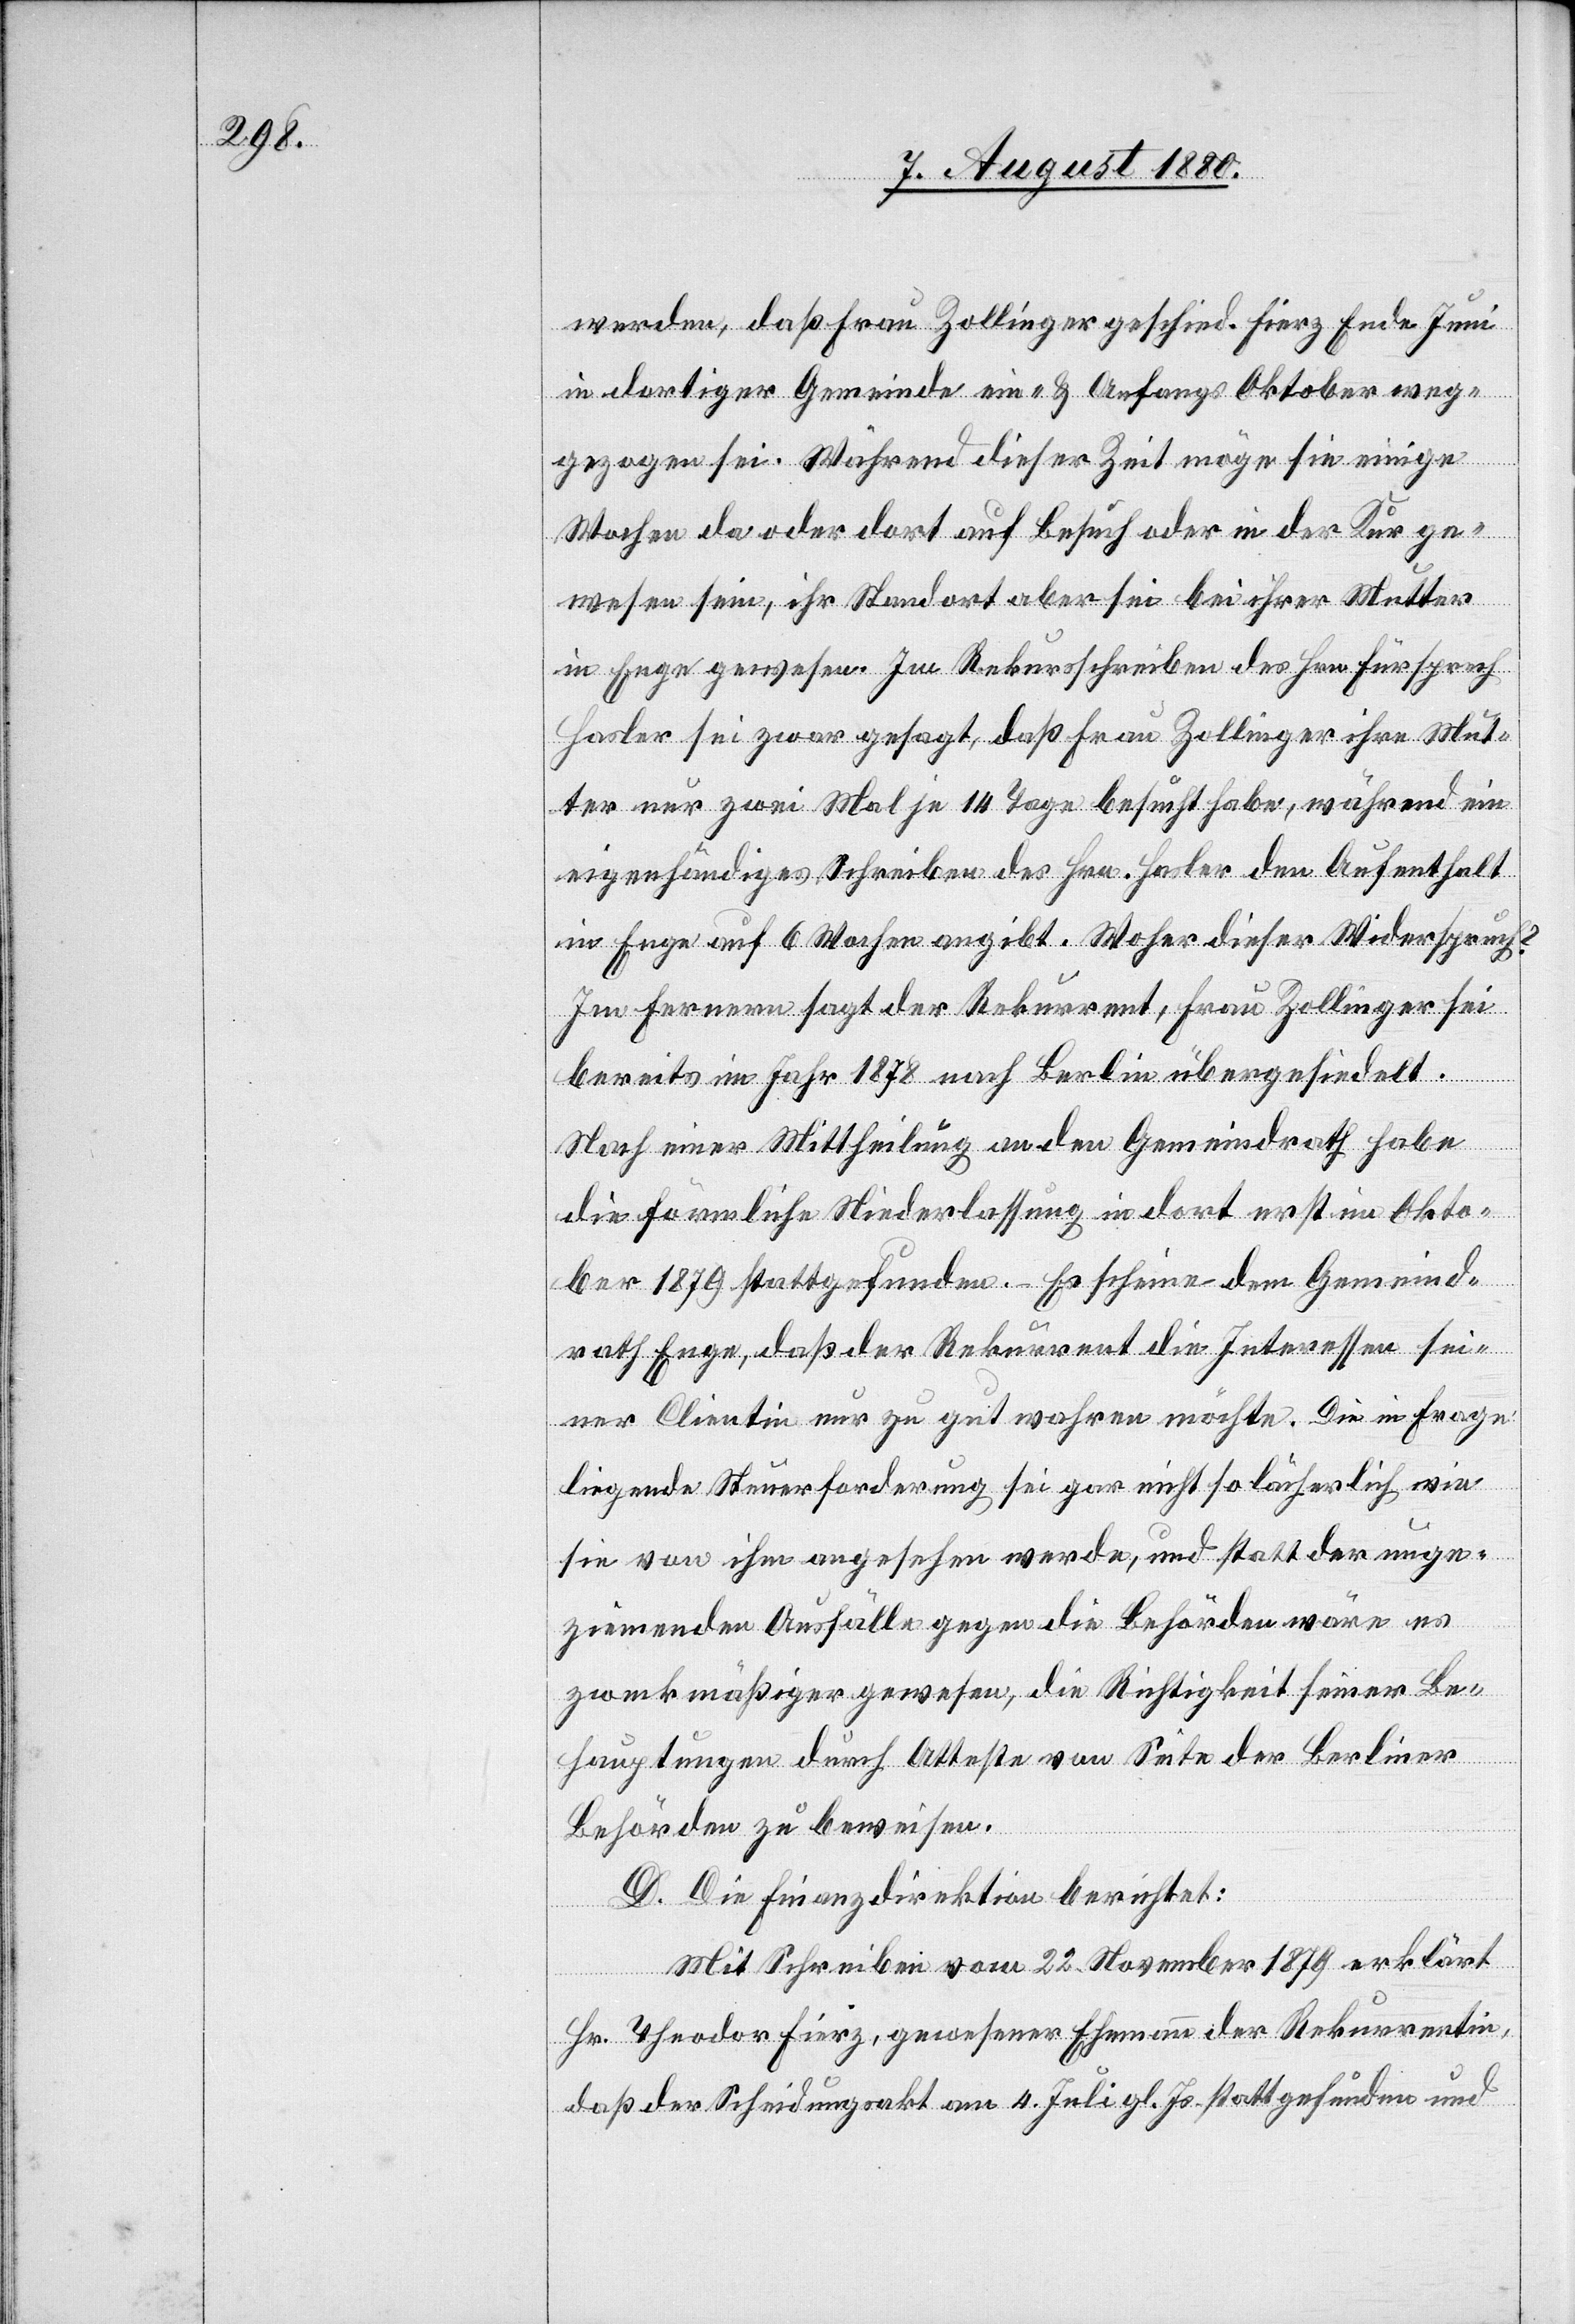
werden, daß Frau Zollinger geschied. Fierz Ende Juni
in dortiger Gemeinde ein- & Anfangs Oktober weg¬
ezogen sei. Während dieser Zeit möge sie einige
Wochen da oder dort auf Besuch oder in der Kur ge¬
wesen sein, ihr Standort aber sei bei ihrer Mutter
in Enge gewesen. Im Rekursschreiben des Hrn. Fürsprech
Hasler sei zwar gesagt, daß Frau Zolliger ihre Mut¬
ter nur zwei Mal je 14 Tage besucht habe, während ein
eigenhändiges Schreiben des Hrn. Hasler den Aufenthalt
in Enge auf 6 Wochen angibt. Woher dieser Widerspruch?
Im Fernern sagt der Rekurrent, Frau Zollinger sei
bereits im Jahr 1878 nach Berlin übergesiedelt.
Nach einer Mittheilung an den Gemeindrath habe
die förmliche Niederlassung in dort erst im Okto¬
ber 1879 stattgefunden. Es scheine dem Gemeind¬
rath Enge, daß der Rekurrent die Interessen sei¬
ner Clientin nur zu gut wahren möchte. Die in Frage
liegenden Steuerforderung sei gar nicht so lächerlich wie
sie von ihm angesehen werde, und statt der unge¬
ziemenden Ausfälle gegen die Behörden wäre es
zweckmäßiger gewesen, die Richtigkeit seiner Be¬
hauptungen durch Atteste von Seite der Berliner
Behörden zu beweisen.
D. Die Finanzdirektion berichtet:
Mit Schreiben vom 22. November 1878 erklärt
Hr. Theodor Fierz, gewesener Ehemann der Rekurrentin,
daß der Scheidungsakt am 4. Juli gl. Js. stattgefunden und